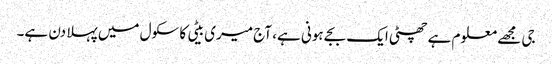
جی مجھے معلوم ہے چھٹی ایک بجے ہونی ہے، آج میری بیٹی کا سکول میں پہلا دن ہے۔